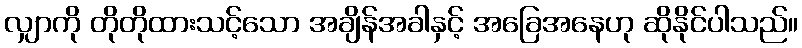
လျှာကို တိုတိုထားသင့်သော အချိန်အခါနှင့် အခြေအနေဟု ဆိုနိုင်ပါသည်။